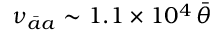
\nu _ { \bar { a } a } \sim 1 . 1 \times 1 0 ^ { 4 } \, \bar { \theta }